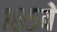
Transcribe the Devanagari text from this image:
१०५वें